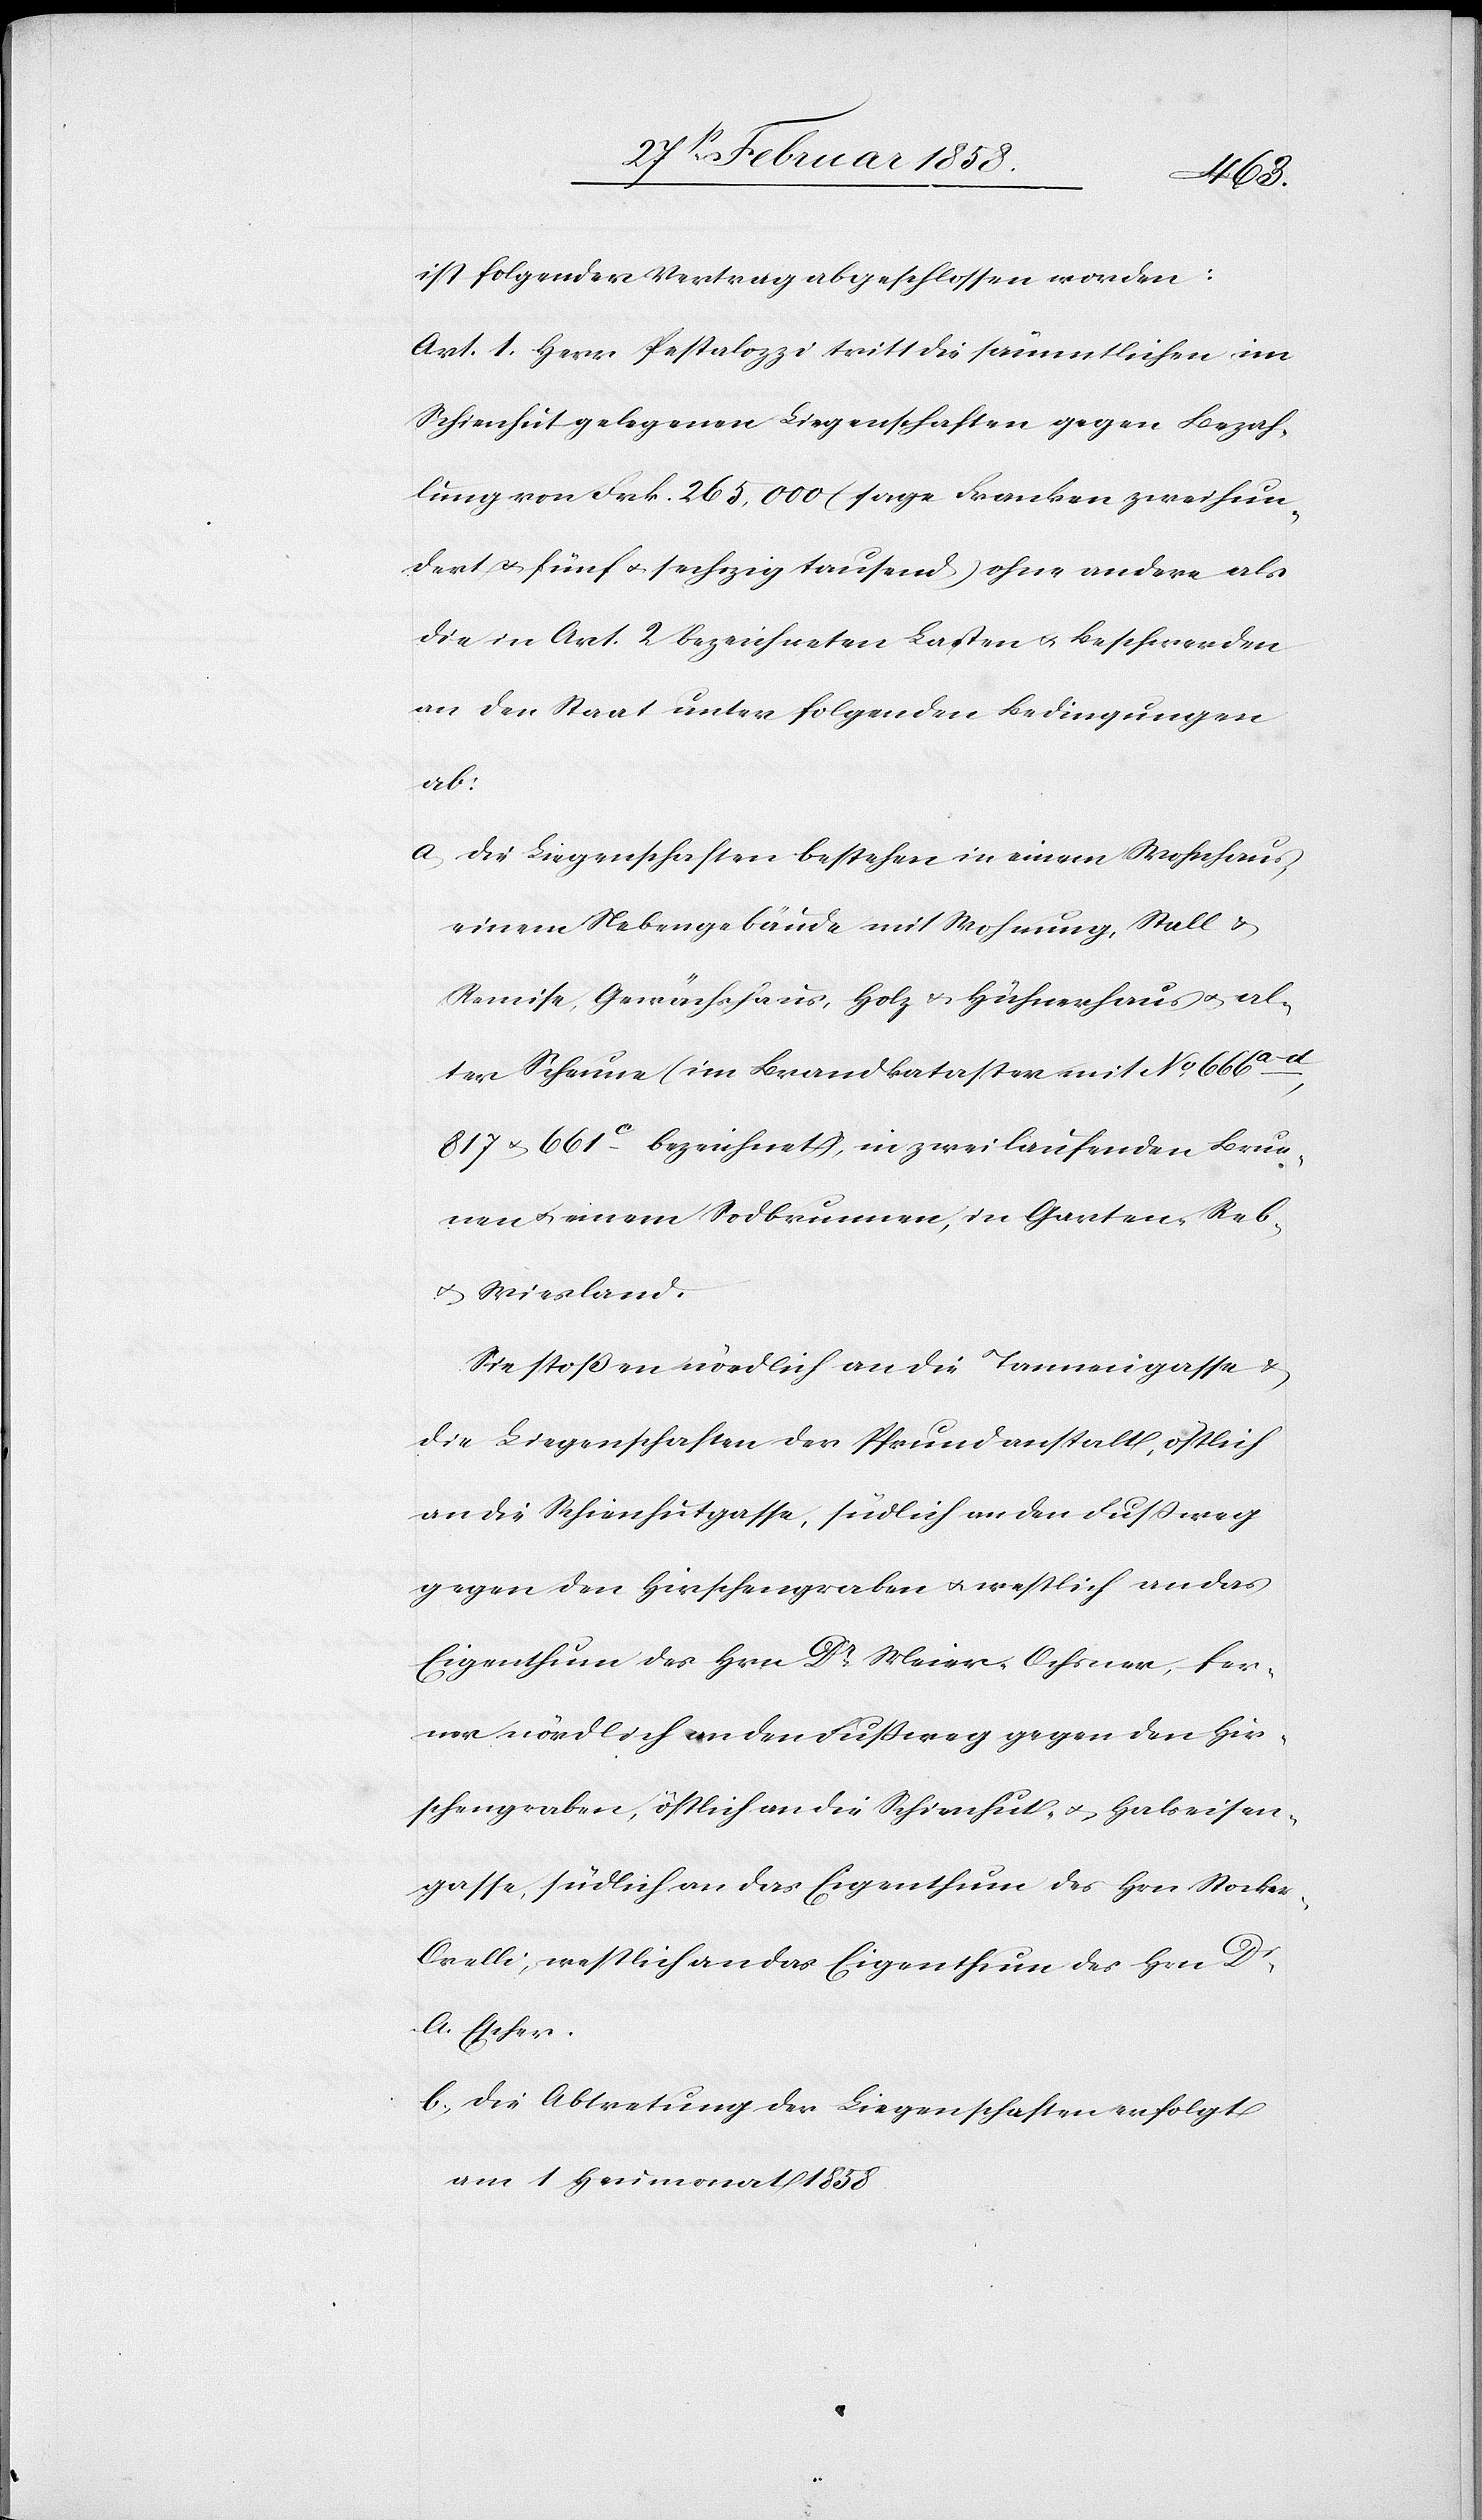
ist folgender Vertrag abgeschlossen worden:
Art. 1. Herr Pestalozzi tritt die sämmtlichen im
Schienhut gelegenen Liegenschaften gegen Bezah¬
lung von Frk. 265,000 (sage Franken zweihun¬
dert u. fünf u. sechszig tausend) ohne andere als
die in Art. 2 bezeichneten Lasten u. Beschwerden
an den Staat unter folgenden Bedingungen
ab:
a. Die Liegenschaften bestehen in einem Wohnhaus,
einem Nebengebäude mit Wohnung, Stall u.
Remise, Gewächshaus, Holz u. Hühnerhaus u. al¬
ter Scheune (im Brandkataster mit No 666a-d,
817 u. 661c bezeichnet), in zwei laufenden Brun¬
nen u. einem Sodbrunnen, in Garten-[,] Reb-
u. Wiesland.
Sie stoßen nördlich an die Tannengasse u.
die Liegenschaften der Pfrundanstalt, östlich
an die Schienhutgasse, südlich an den Fußweg
gegen den Hirschengraben u. westlich an das
Eigenthum des Hrn. Dr Meier-Ochsner, fer¬
ner nördlich an den Fußweg gegen den Hir¬
schengraben, östlich an die Schienhut- u. Halseisen¬
gasse, südlich an das Eigenthum des Hrn. Stocke¬
r-Orelli, westlich an das Eigenthum des Hrn Dr
A. Escher.
b. Die Abtretung der Liegenschaften erfolgt
am 1 Heumonat 1858.